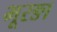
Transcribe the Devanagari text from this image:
भूरङा